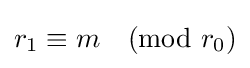
r_{1}\equiv m{\pmod {r_{0}}}